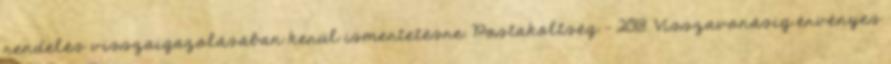
rendelés visszaigazolásában kerül ismertetésre. Postaköltség - 2018. Visszavonásig érvényes